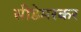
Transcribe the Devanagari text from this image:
सीडेमरकर